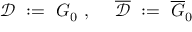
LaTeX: { \mathcal D } \ : = \ G _ { 0 } \ , \ \quad \overline { { { { \mathcal D } } } } \ : = \ \overline { { { G } } } _ { 0 }